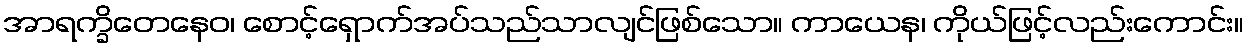
အာရက္ခိတေနေဝ၊ စောင့်ရှောက်အပ်သည်သာလျင်ဖြစ်သော။ ကာယေန၊ ကိုယ်ဖြင့်လည်းကောင်း။